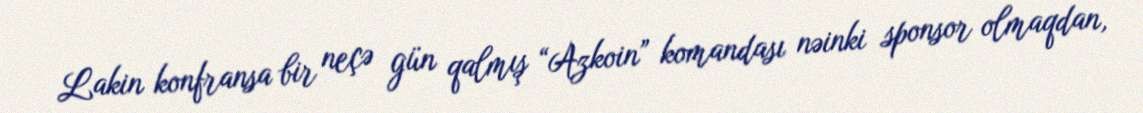
Lakin konfransa bir neçə gün qalmış “Azkoin” komandası nəinki sponsor olmaqdan,